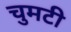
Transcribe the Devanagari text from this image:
चुमटी